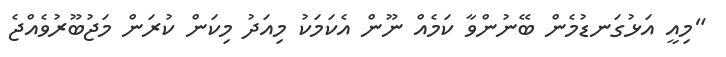
"މިއީ އަޅުގަނޑުމެން ބޭނުންވާ ކަމެއް ނޫން އެކަމަކު މިއަދު މިކަން ކުރަން މަޖުބޫރުވެއްޖެ